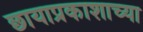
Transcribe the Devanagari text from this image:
छायाप्रकाशाच्या